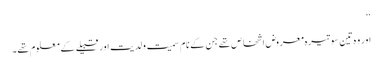
‘‘
اور وہ تین سو تیرہ معروض اشخاص تھے جن کے نام سمیت ولدیت اور قبیلے کے معلوم تھے۔